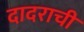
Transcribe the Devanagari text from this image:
दादराची